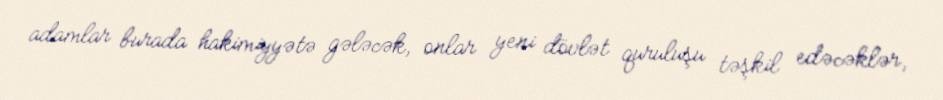
adamlar burada hakimiyyətə gələcək, onlar yeni dövlət quruluşu təşkil edəcəklər,